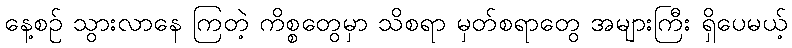
နေ့စဉ် သွားလာနေ ကြတဲ့ ကိစ္စတွေမှာ သိစရာ မှတ်စရာတွေ အများကြီး ရှိပေမယ့်